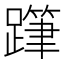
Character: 𨅗